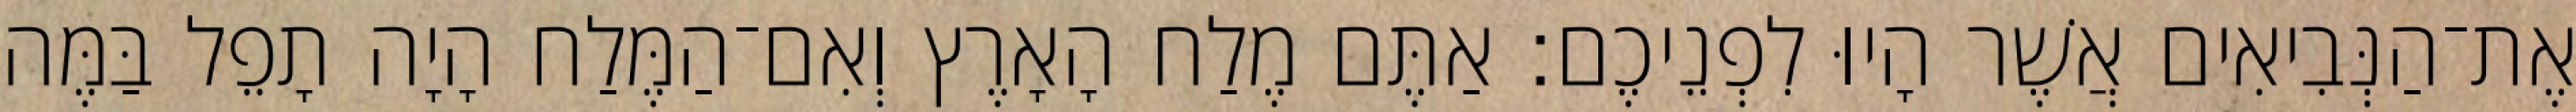
אֶת־הַנְּבִיאִים אֲשֶׁר הָיוּ לִפְנֵיכֶם׃ אַתֶּם מֶלַח הָאָרֶץ וְאִם־הַמֶּלַח הָיָה תָפֵל בַּמֶּה